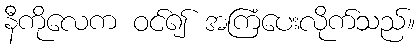
နီကိုလေက ဝင်၍ အကြံပေးလိုက်သည်။